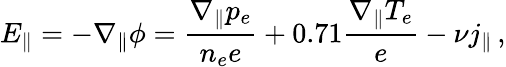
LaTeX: E_{\parallel}=-\nabla_{\| }\phi=\frac{\nabla_{\parallel}p_{e}}{n_{e}e}+0.71\frac{\nabla_{\parallel}T_{e}}{e}-\nu j_{\parallel}\, ,